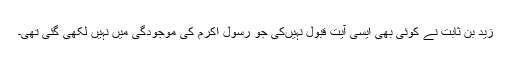
زید بن ثابت نے کوئی بھی ایسی آیت قبول نہیں‌کی جو رسول اکرم کی موجودگی میں‌ نہیں لکھی گئی تھی۔